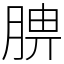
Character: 腗